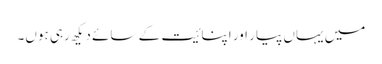
میں یہاں پیار اور اپنائیت کے سائے دیکھ رہی ہوں۔